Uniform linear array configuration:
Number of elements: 16
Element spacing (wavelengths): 0.5
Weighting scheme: hamming
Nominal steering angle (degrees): -15
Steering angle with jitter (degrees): -14.818
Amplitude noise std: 0.05
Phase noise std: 0.05

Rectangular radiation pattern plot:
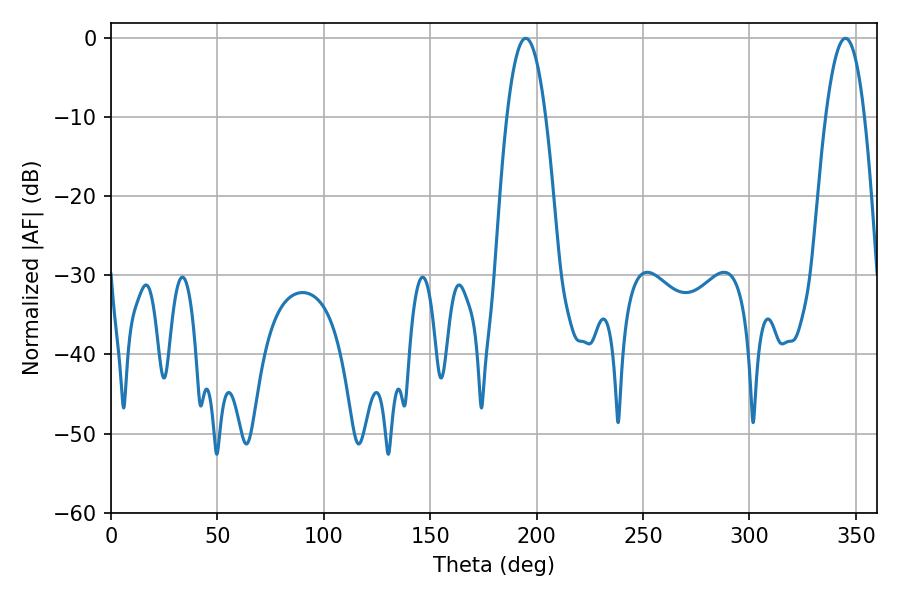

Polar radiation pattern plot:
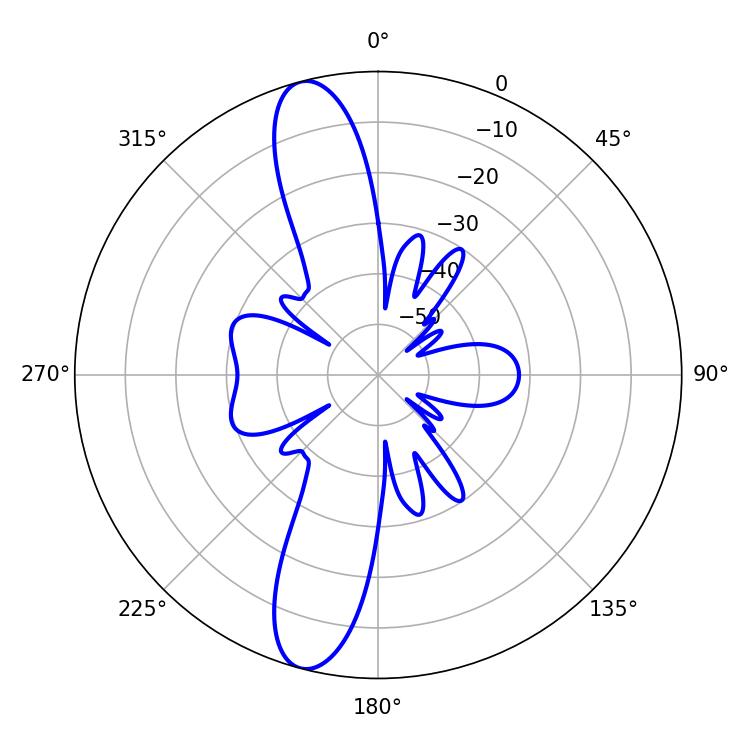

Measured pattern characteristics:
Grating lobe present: FALSE
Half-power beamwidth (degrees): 10.08
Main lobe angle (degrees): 194.94